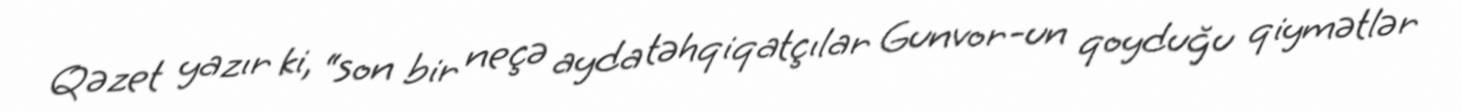
Qəzet yazır ki, “son bir neçə ayda təhqiqatçılar Gunvor-un qoyduğu qiymətlər